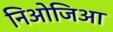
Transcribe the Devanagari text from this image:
निओजिआ